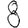
Digit: 8